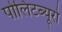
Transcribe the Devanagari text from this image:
पोलिटब्यूरो